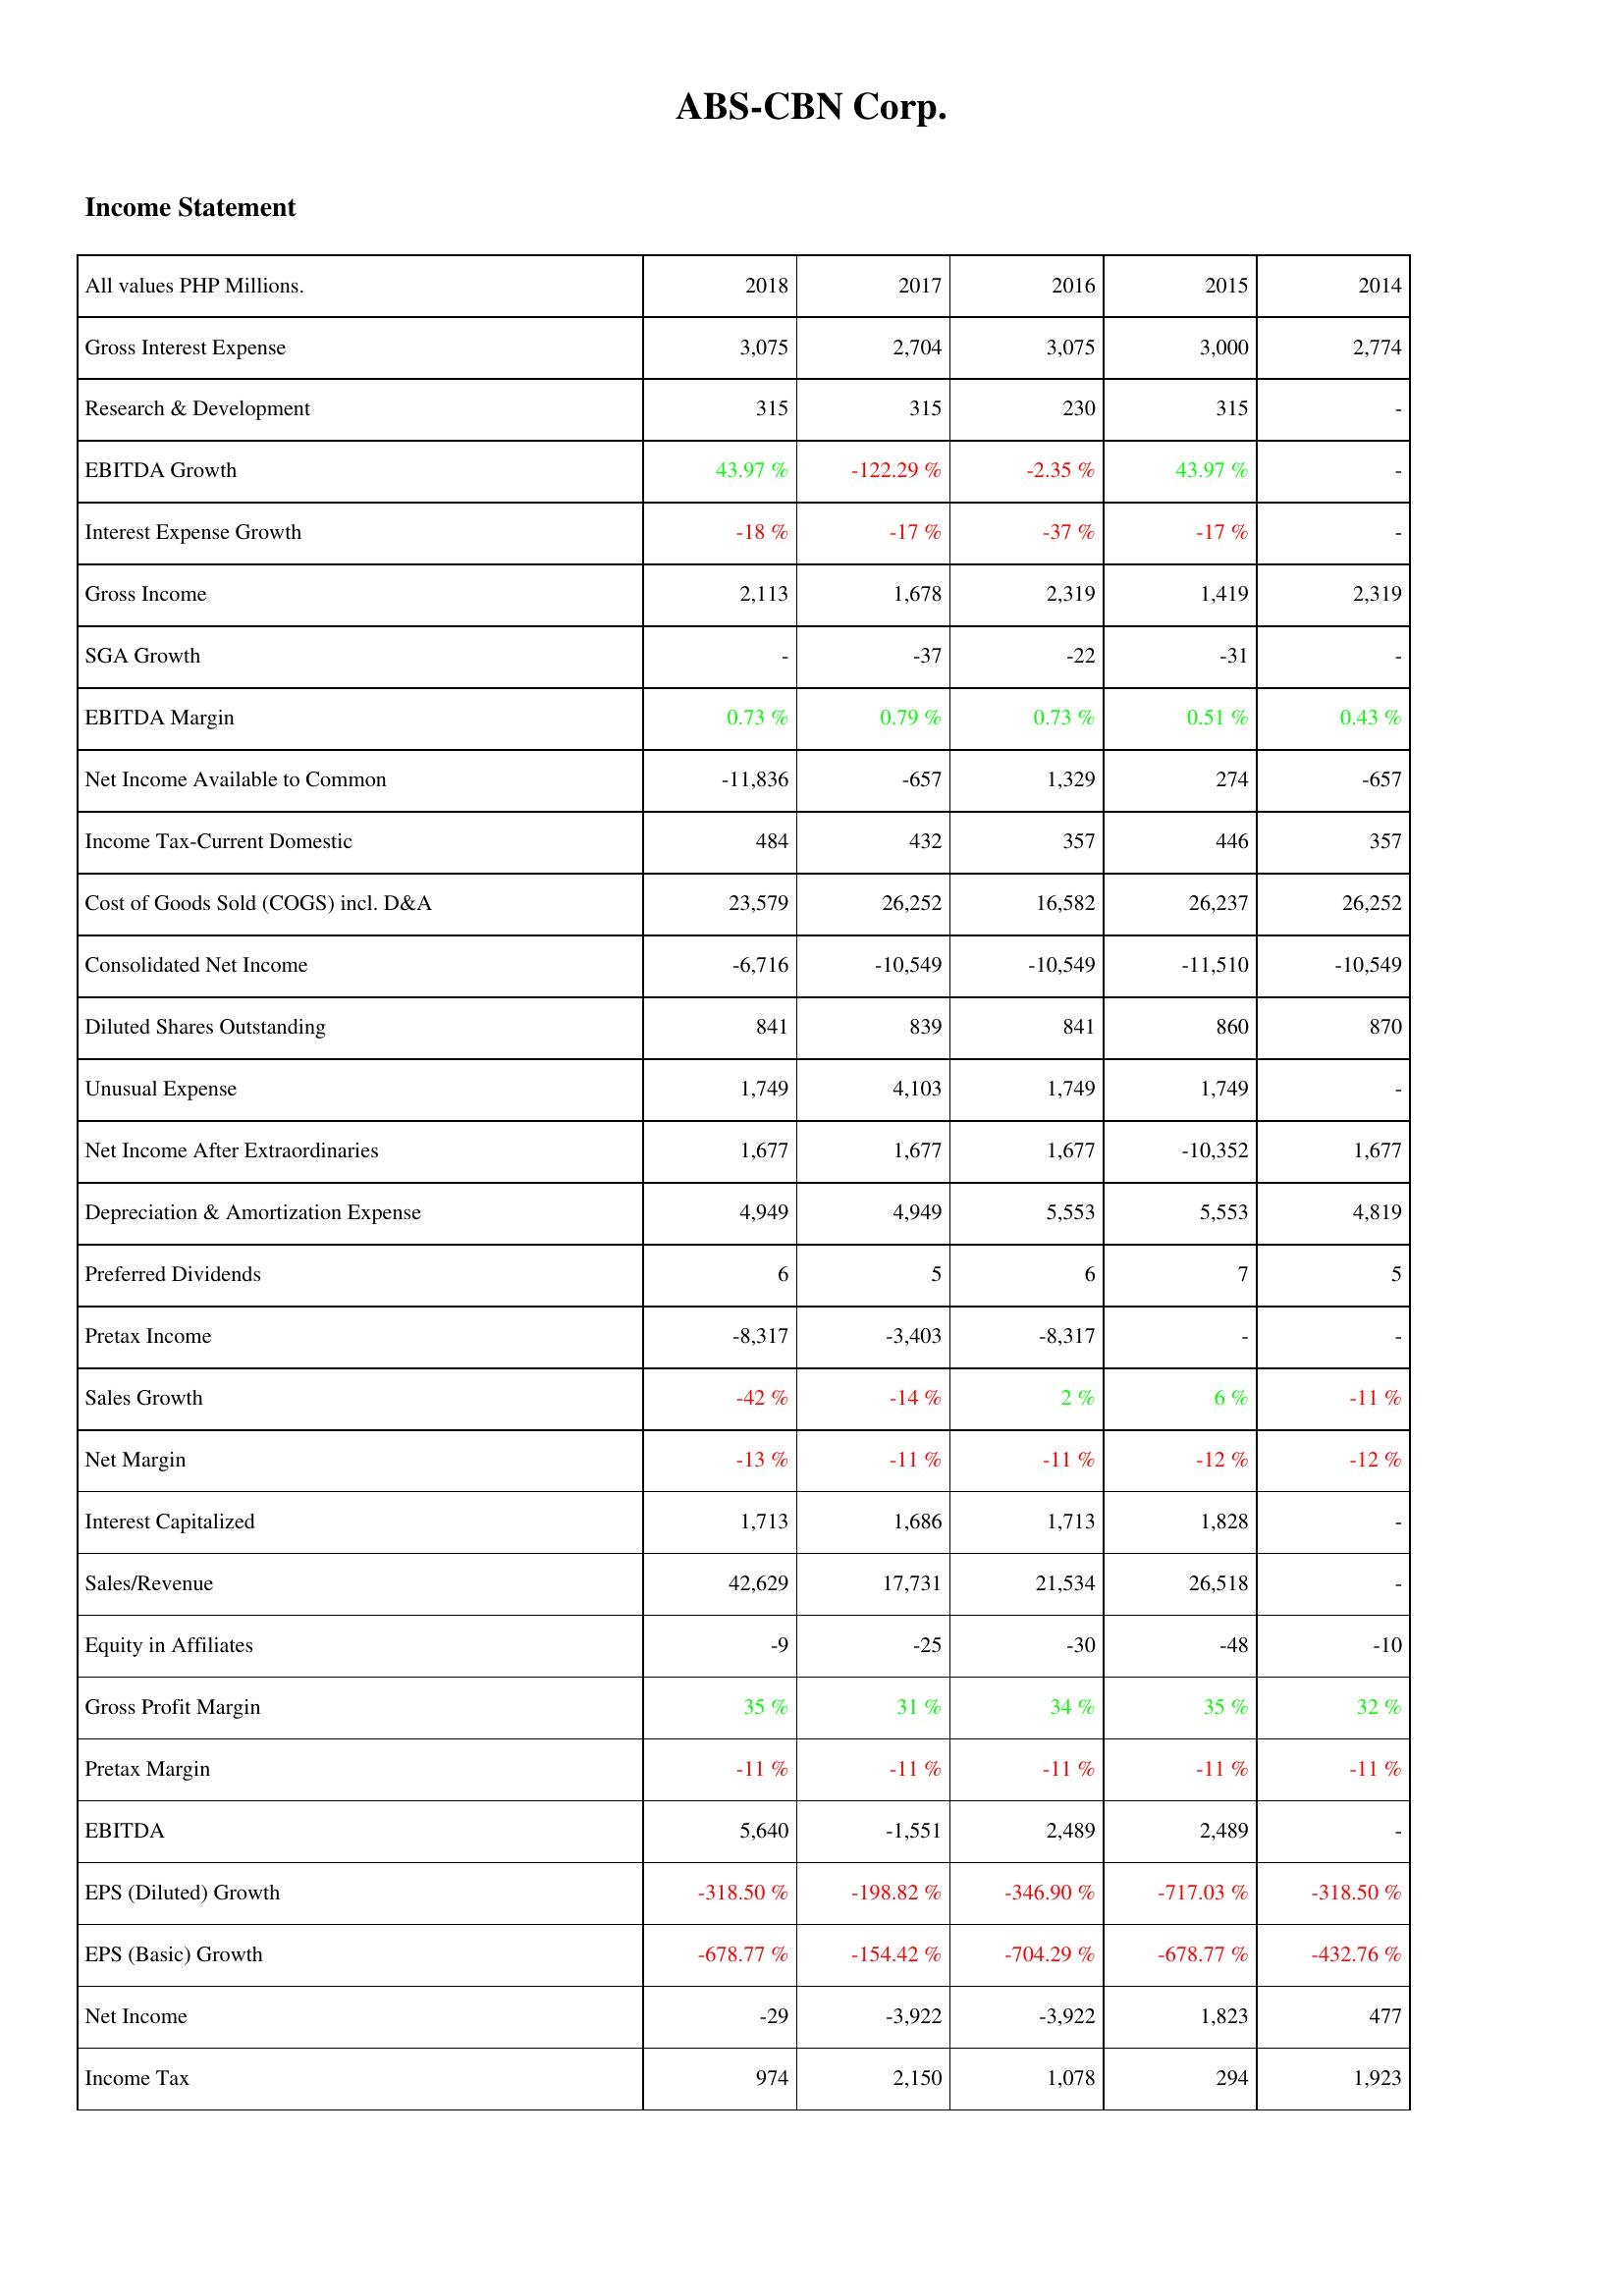
2018: Income Statement: Gross Interest Expense: 3,075
Research & Development: 315
EBITDA Growth: 43.97 %
Interest Expense Growth: -18 %
Gross Income: 2,113
SGA Growth: -
EBITDA Margin: 0.73 %
Net Income Available to Common: -11,836
Income Tax-Current Domestic: 484
Cost of Goods Sold (COGS) incl. D&A: 23,579
Consolidated Net Income: -6,716
Diluted Shares Outstanding: 841
Unusual Expense: 1,749
Net Income After Extraordinaries: 1,677
Depreciation & Amortization Expense: 4,949
Preferred Dividends: 6
Pretax Income: -8,317
Sales Growth: -42 %
Net Margin: -13 %
Interest Capitalized: 1,713
Sales/Revenue: 42,629
Equity in Affiliates: -9
Gross Profit Margin: 35 %
Pretax Margin: -11 %
EBITDA: 5,640
EPS (Diluted) Growth: -318.50 %
EPS (Basic) Growth: -678.77 %
Net Income: -29
Income Tax: 974
2017: Income Statement: Gross Interest Expense: 2,704
Research & Development: 315
EBITDA Growth: -122.29 %
Interest Expense Growth: -17 %
Gross Income: 1,678
SGA Growth: -37
EBITDA Margin: 0.79 %
Net Income Available to Common: -657
Income Tax-Current Domestic: 432
Cost of Goods Sold (COGS) incl. D&A: 26,252
Consolidated Net Income: -10,549
Diluted Shares Outstanding: 839
Unusual Expense: 4,103
Net Income After Extraordinaries: 1,677
Depreciation & Amortization Expense: 4,949
Preferred Dividends: 5
Pretax Income: -3,403
Sales Growth: -14 %
Net Margin: -11 %
Interest Capitalized: 1,686
Sales/Revenue: 17,731
Equity in Affiliates: -25
Gross Profit Margin: 31 %
Pretax Margin: -11 %
EBITDA: -1,551
EPS (Diluted) Growth: -198.82 %
EPS (Basic) Growth: -154.42 %
Net Income: -3,922
Income Tax: 2,150
2016: Income Statement: Gross Interest Expense: 3,075
Research & Development: 230
EBITDA Growth: -2.35 %
Interest Expense Growth: -37 %
Gross Income: 2,319
SGA Growth: -22
EBITDA Margin: 0.73 %
Net Income Available to Common: 1,329
Income Tax-Current Domestic: 357
Cost of Goods Sold (COGS) incl. D&A: 16,582
Consolidated Net Income: -10,549
Diluted Shares Outstanding: 841
Unusual Expense: 1,749
Net Income After Extraordinaries: 1,677
Depreciation & Amortization Expense: 5,553
Preferred Dividends: 6
Pretax Income: -8,317
Sales Growth: 2 %
Net Margin: -11 %
Interest Capitalized: 1,713
Sales/Revenue: 21,534
Equity in Affiliates: -30
Gross Profit Margin: 34 %
Pretax Margin: -11 %
EBITDA: 2,489
EPS (Diluted) Growth: -346.90 %
EPS (Basic) Growth: -704.29 %
Net Income: -3,922
Income Tax: 1,078
2015: Income Statement: Gross Interest Expense: 3,000
Research & Development: 315
EBITDA Growth: 43.97 %
Interest Expense Growth: -17 %
Gross Income: 1,419
SGA Growth: -31
EBITDA Margin: 0.51 %
Net Income Available to Common: 274
Income Tax-Current Domestic: 446
Cost of Goods Sold (COGS) incl. D&A: 26,237
Consolidated Net Income: -11,510
Diluted Shares Outstanding: 860
Unusual Expense: 1,749
Net Income After Extraordinaries: -10,352
Depreciation & Amortization Expense: 5,553
Preferred Dividends: 7
Pretax Income: -
Sales Growth: 6 %
Net Margin: -12 %
Interest Capitalized: 1,828
Sales/Revenue: 26,518
Equity in Affiliates: -48
Gross Profit Margin: 35 %
Pretax Margin: -11 %
EBITDA: 2,489
EPS (Diluted) Growth: -717.03 %
EPS (Basic) Growth: -678.77 %
Net Income: 1,823
Income Tax: 294
2014: Income Statement: Gross Interest Expense: 2,774
Research & Development: -
EBITDA Growth: -
Interest Expense Growth: -
Gross Income: 2,319
SGA Growth: -
EBITDA Margin: 0.43 %
Net Income Available to Common: -657
Income Tax-Current Domestic: 357
Cost of Goods Sold (COGS) incl. D&A: 26,252
Consolidated Net Income: -10,549
Diluted Shares Outstanding: 870
Unusual Expense: -
Net Income After Extraordinaries: 1,677
Depreciation & Amortization Expense: 4,819
Preferred Dividends: 5
Pretax Income: -
Sales Growth: -11 %
Net Margin: -12 %
Interest Capitalized: -
Sales/Revenue: -
Equity in Affiliates: -10
Gross Profit Margin: 32 %
Pretax Margin: -11 %
EBITDA: -
EPS (Diluted) Growth: -318.50 %
EPS (Basic) Growth: -432.76 %
Net Income: 477
Income Tax: 1,923